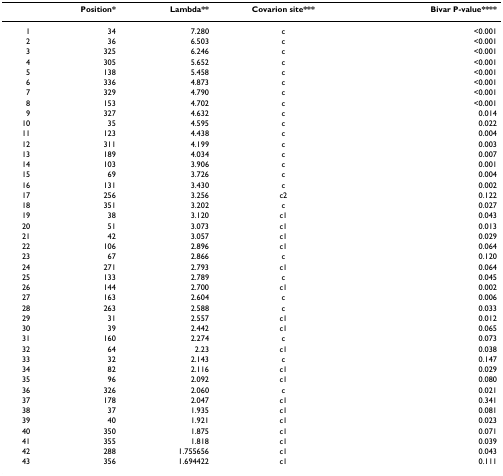
<table><thead><tr><td></td><td><b>Position*</b></td><td><b>Lambda**</b></td><td><b>Covarion site***</b></td><td><b>Bivar P-value****</b></td></tr></thead><tbody><tr><td>1</td><td>34</td><td>7.280</td><td>c</td><td>&lt;0.001</td></tr><tr><td>2</td><td>36</td><td>6.503</td><td>c</td><td>&lt;0.001</td></tr><tr><td>3</td><td>325</td><td>6.246</td><td>c</td><td>&lt;0.001</td></tr><tr><td>4</td><td>305</td><td>5.652</td><td>c</td><td>&lt;0.001</td></tr><tr><td>5</td><td>138</td><td>5.458</td><td>c</td><td>&lt;0.001</td></tr><tr><td>6</td><td>336</td><td>4.873</td><td>c</td><td>&lt;0.001</td></tr><tr><td>7</td><td>329</td><td>4.790</td><td>c</td><td>&lt;0.001</td></tr><tr><td>8</td><td>153</td><td>4.702</td><td>c</td><td>&lt;0.001</td></tr><tr><td>9</td><td>327</td><td>4.632</td><td>c</td><td>0.014</td></tr><tr><td>10</td><td>35</td><td>4.595</td><td>c</td><td>0.022</td></tr><tr><td>11</td><td>123</td><td>4.438</td><td>c</td><td>0.004</td></tr><tr><td>12</td><td>311</td><td>4.199</td><td>c</td><td>0.003</td></tr><tr><td>13</td><td>189</td><td>4.034</td><td>c</td><td>0.007</td></tr><tr><td>14</td><td>103</td><td>3.906</td><td>c</td><td>0.001</td></tr><tr><td>15</td><td>69</td><td>3.726</td><td>c</td><td>0.004</td></tr><tr><td>16</td><td>131</td><td>3.430</td><td>c</td><td>0.002</td></tr><tr><td>17</td><td>256</td><td>3.256</td><td>c2</td><td>0.122</td></tr><tr><td>18</td><td>351</td><td>3.202</td><td>c</td><td>0.027</td></tr><tr><td>19</td><td>38</td><td>3.120</td><td>c1</td><td>0.043</td></tr><tr><td>20</td><td>51</td><td>3.073</td><td>c1</td><td>0.013</td></tr><tr><td>21</td><td>42</td><td>3.057</td><td>c1</td><td>0.029</td></tr><tr><td>22</td><td>106</td><td>2.896</td><td>c1</td><td>0.064</td></tr><tr><td>23</td><td>67</td><td>2.866</td><td>c</td><td>0.120</td></tr><tr><td>24</td><td>271</td><td>2.793</td><td>c1</td><td>0.064</td></tr><tr><td>25</td><td>133</td><td>2.789</td><td>c</td><td>0.045</td></tr><tr><td>26</td><td>144</td><td>2.700</td><td>c1</td><td>0.002</td></tr><tr><td>27</td><td>163</td><td>2.604</td><td>c</td><td>0.006</td></tr><tr><td>28</td><td>263</td><td>2.588</td><td>c</td><td>0.033</td></tr><tr><td>29</td><td>31</td><td>2.557</td><td>c1</td><td>0.012</td></tr><tr><td>30</td><td>39</td><td>2.442</td><td>c1</td><td>0.065</td></tr><tr><td>31</td><td>160</td><td>2.274</td><td>c</td><td>0.073</td></tr><tr><td>32</td><td>64</td><td>2.23</td><td>c1</td><td>0.038</td></tr><tr><td>33</td><td>32</td><td>2.143</td><td>c</td><td>0.147</td></tr><tr><td>34</td><td>82</td><td>2.116</td><td>c1</td><td>0.029</td></tr><tr><td>35</td><td>96</td><td>2.092</td><td>c1</td><td>0.080</td></tr><tr><td>36</td><td>326</td><td>2.060</td><td>c</td><td>0.021</td></tr><tr><td>37</td><td>178</td><td>2.047</td><td>c1</td><td>0.341</td></tr><tr><td>38</td><td>37</td><td>1.935</td><td>c1</td><td>0.081</td></tr><tr><td>39</td><td>40</td><td>1.921</td><td>c1</td><td>0.023</td></tr><tr><td>40</td><td>350</td><td>1.875</td><td>c1</td><td>0.071</td></tr><tr><td>41</td><td>355</td><td>1.818</td><td>c1</td><td>0.039</td></tr><tr><td>42</td><td>288</td><td>1.755656</td><td>c1</td><td>0.043</td></tr><tr><td>43</td><td>356</td><td>1.694422</td><td>c1</td><td>0.111</td></tr></tbody></table>